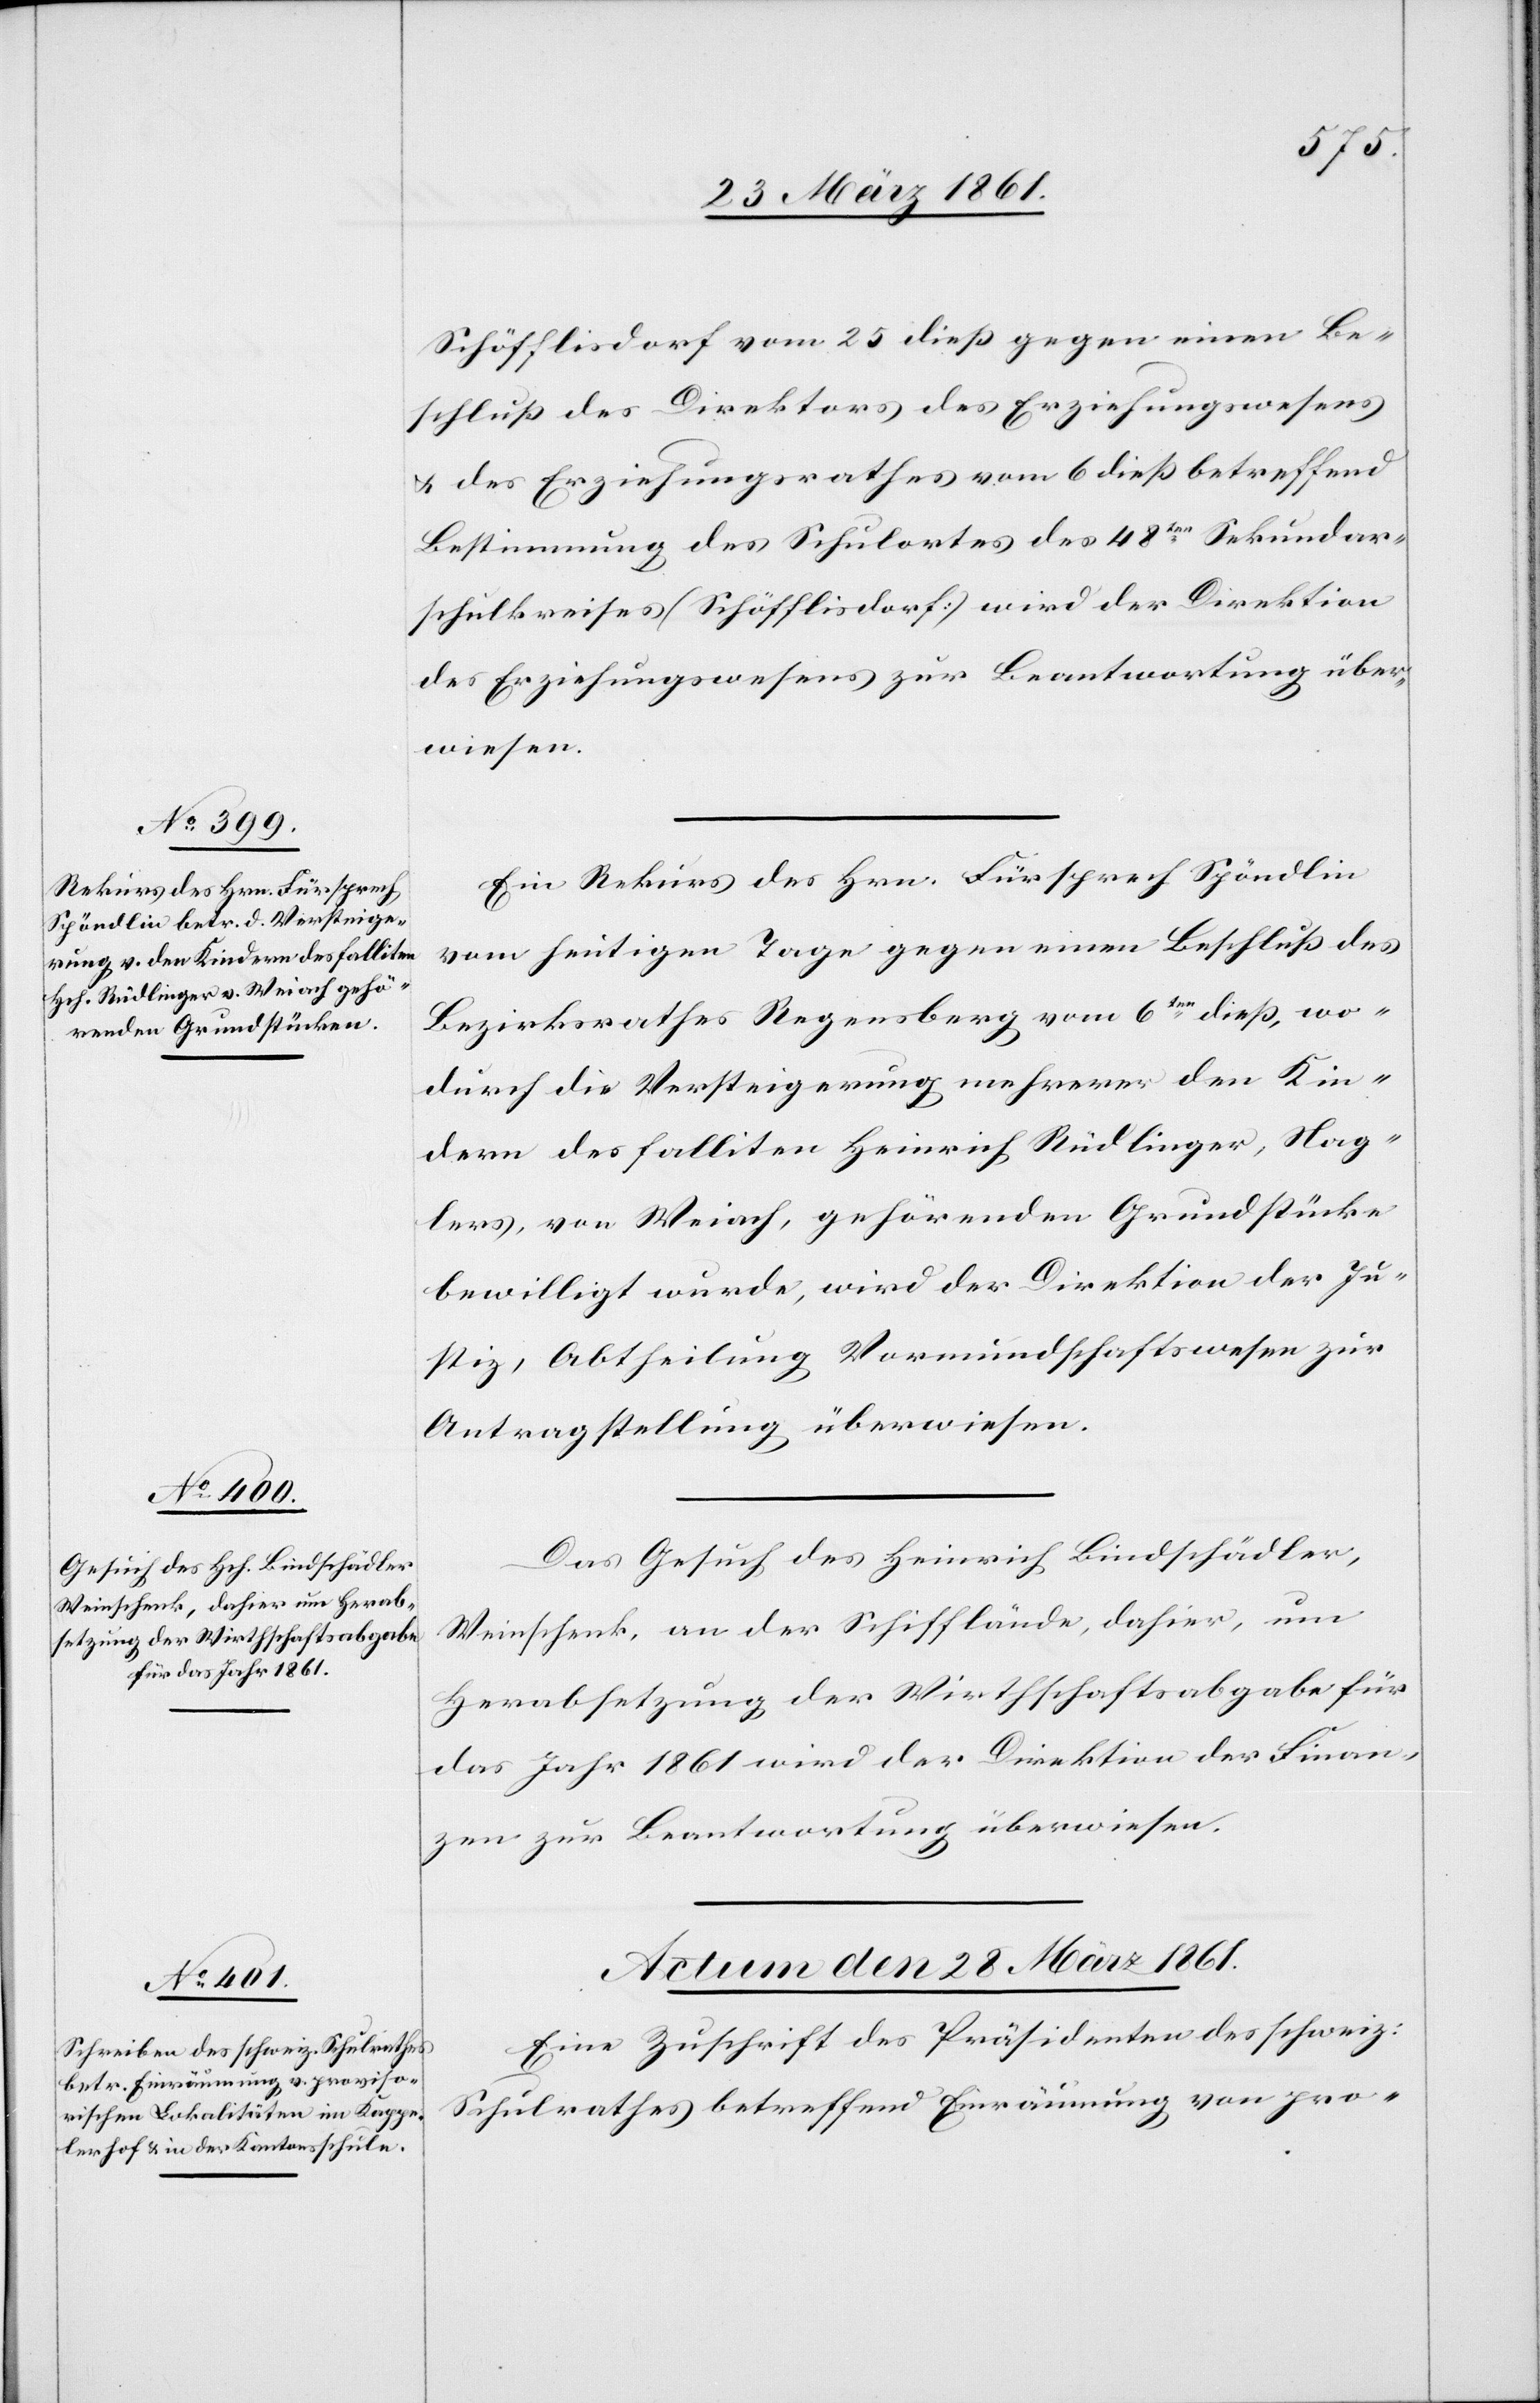
Schöfflisdorf vom 25. dieß gegen einen Be¬
schluß des Direktors des Erziehungswesens
u. des Erziehungsrathes vom 6. dieß betreffend
Bestimmung des Schulortes des 48ten Sekundar¬
schulkreises (Schöfflisdorf) wird der Direktion
des Erziehungswesens zur Beantwortung über¬
wiesen.
Ein Rekurs des Hrn. Fürsprech Spöndlin
vom heutigen Tage gegen einen Beschluß des
Bezirksrathes Regensberg vom 6ten dieß, wo¬
durch die Versteigerung mehrerer den Kin¬
dern des falliten Heinrich Rüdlinger, Nag¬
lers, von Weiach, gehörenden Grundstücke
bewilligt wurde, wird der Direktion der Ju¬
stiz, Abtheilung Vormundschaftswesen zur
Antragstellung überwiesen.
Das Gesuch des Heinrich Bindschädler,
Weinschenk, an der Schifflände, dahier, um
Herabsetzung der Wirthschaftsabgabe für
das Jahr 1861 wird der Direktion der Finan¬
zen zur Beantwortung überwiesen.
Actum den 28. März 1861.
Eine Zuschrift des Präsidenten des schweiz:
Schulrathes betreffend Einräumung von pro-